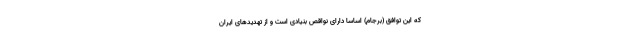
که این توافق (برجام) اساسا دارای نواقص بنیادی است و از تهدیدهای ایران